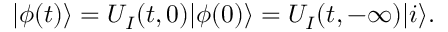
| \phi ( t ) \rangle = U _ { I } ( t , 0 ) | \phi ( 0 ) \rangle = U _ { I } ( t , - \infty ) | i \rangle .